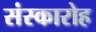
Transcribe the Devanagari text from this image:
संस्कारोह